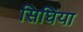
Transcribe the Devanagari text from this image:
सिघिंया